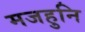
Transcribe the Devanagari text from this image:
मजहुनि